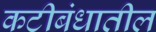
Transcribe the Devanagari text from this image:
कटीबंधातील